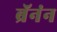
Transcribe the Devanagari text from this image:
ब्रॅनंन